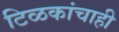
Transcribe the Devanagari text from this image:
टिळकांचाही